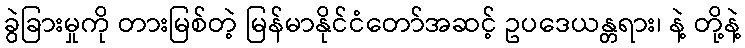
ခွဲခြားမှုကို တားမြစ်တဲ့ မြန်မာနိုင်ငံတော်အဆင့် ဥပဒေယန္တရား၊ နဲ့ တို့နဲ့